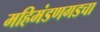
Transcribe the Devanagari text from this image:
महिमंडणगडचा